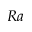
R a